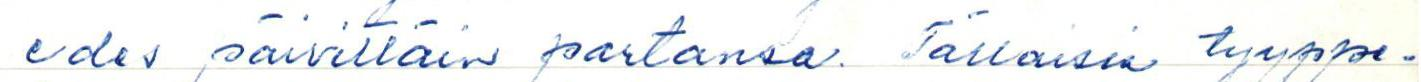
edes päivittäin partaansa. Tällaisia tyyppe-